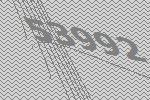
53992